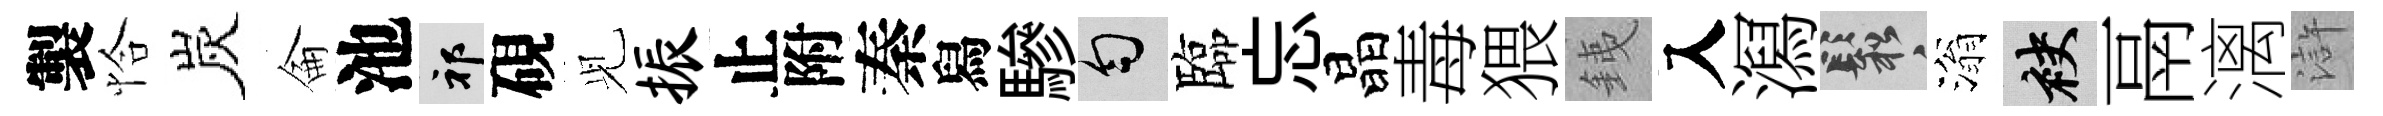
製恰炭侖池祁硯𫤗振止附秦舄驂匀臨忘晶毒猥銕入㵼鬆滃袂鬲漓滸